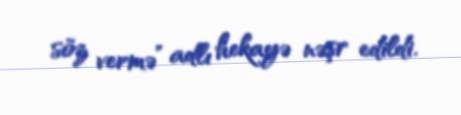
söz vermə” adlı hekayə nəşr edildi.